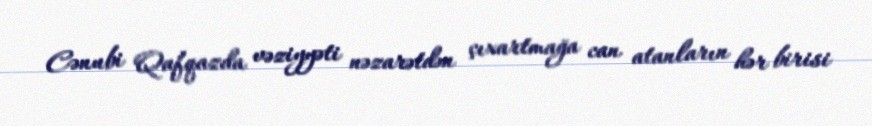
Cənubi Qafqazda vəziyyəti nəzarətdən çıxartmağa can atanların hər birisi